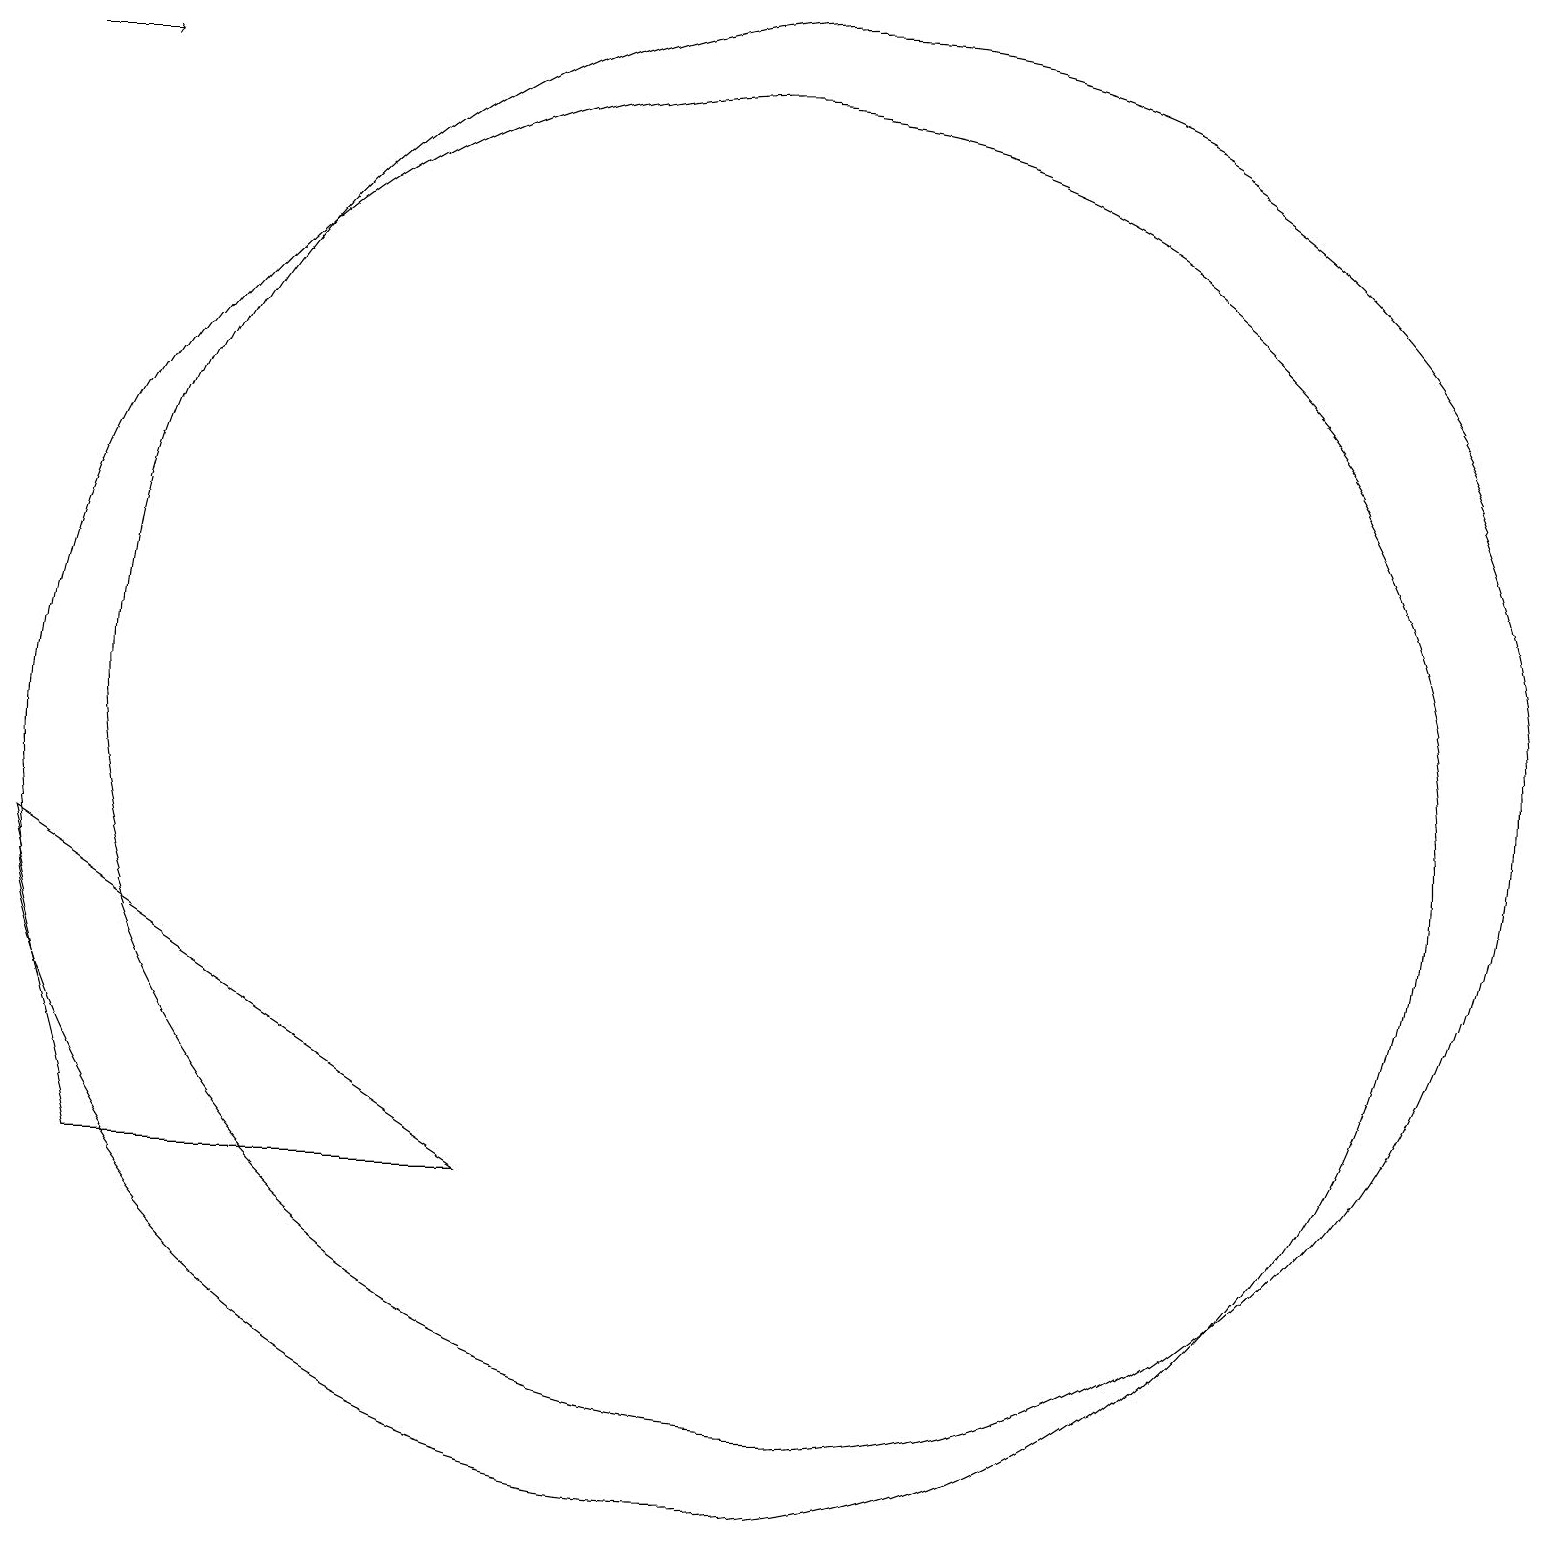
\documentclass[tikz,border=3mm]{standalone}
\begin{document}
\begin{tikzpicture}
\draw[->] (1,19) -- (2,19);
\draw (7,5) -- (1,9) -- (2,5) -- cycle;
\draw (10,10) circle (9);
\draw (12,12) circle (0);
\draw (11,11) circle (9);
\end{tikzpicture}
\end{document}